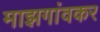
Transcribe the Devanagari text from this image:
माझगांवकर